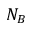
N _ { B }